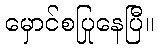
မှောင်စပြုနေပြီ။